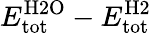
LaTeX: E_{\mathrm{tot}}^{\mathrm{H2O}}-E_{\mathrm{tot}}^{\mathrm{H2}}